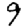
Digit: 9